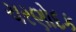
ચરણોદક